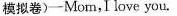
模拟卷)-Mom,I love you.